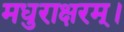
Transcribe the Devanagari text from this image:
मधुराक्षरम्‌।